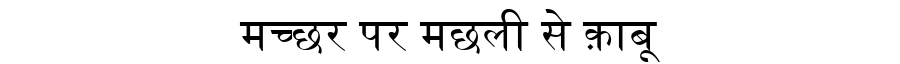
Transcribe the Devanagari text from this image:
मच्छर पर मछली से क़ाबू